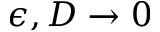
\epsilon , D \rightarrow 0